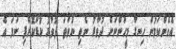
އެހެންކަމުން ހިނގާ މީހުންނަށް ދުވާރު ނެތި ނުވަތަ ދުވާރު ކުޑަކޮށްފި ނަމަ އެ